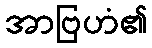
အာဗြဟံ၏